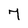
Character: 7